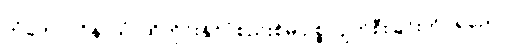
တံဟောဂဝိနာသံ၊ ထိုတိုင်းနိုင်ငံစည်းစိမ် ဥစ္စာပျက်စီးခြင်းကို။ ရညော၊